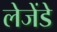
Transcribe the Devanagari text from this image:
लेजेंडे